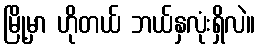
မြို့မှာ ဟိုတယ် ဘယ်နှလုံးရှိလဲ။